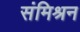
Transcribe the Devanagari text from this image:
संमिश्रन